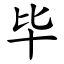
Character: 毕